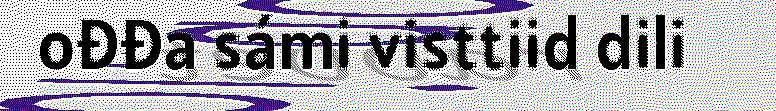
ođđa sámi visttiid dili